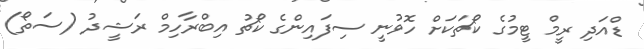
ޑްއަދި ރީމް ޓީމުގެ ކޯޗަކަށް ހޮވުނީ ސިފައިންގެ ކޯޗު އިބްރާހިމް ރަޝީދު (ސަތޯ)